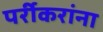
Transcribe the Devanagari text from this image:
पर्रीकरांना